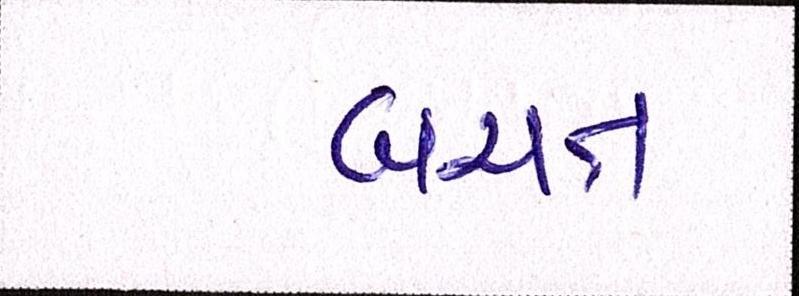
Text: બચત